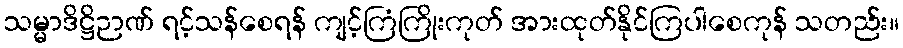
သမ္မာဒိဋ္ဌိဉာဏ် ရင့်သန်စေရန် ကျင့်ကြံကြိုးကုတ် အားထုတ်နိုင်ကြပါစေကုန် သတည်း။